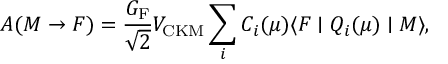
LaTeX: A ( M \to F ) = \frac { G _ { \mathrm { F } } } { \sqrt 2 } V _ { \mathrm { C K M } } \sum _ { i } C _ { i } ( \mu ) \langle F \mid Q _ { i } ( \mu ) \mid M \rangle ,